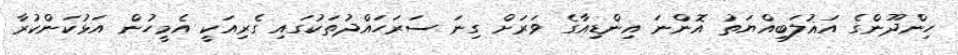
ހިންދޫންގެ އަޣުލަބިއްޔަތު އޮންނަ އިންޑިއާގެ ވަރަށް ގިނަ ސަރަހައްދުތަކުގައި ގެރިއަކީ އެމީހުން އަޅުކަންކުރާ